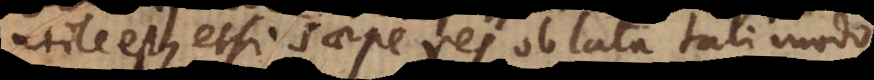
utile est, etsi saepe res oblata tali modo